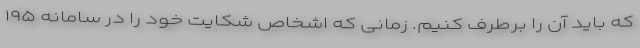
که باید آن را برطرف کنیم. زمانی که اشخاص شکایت خود را در سامانه ۱۹۵